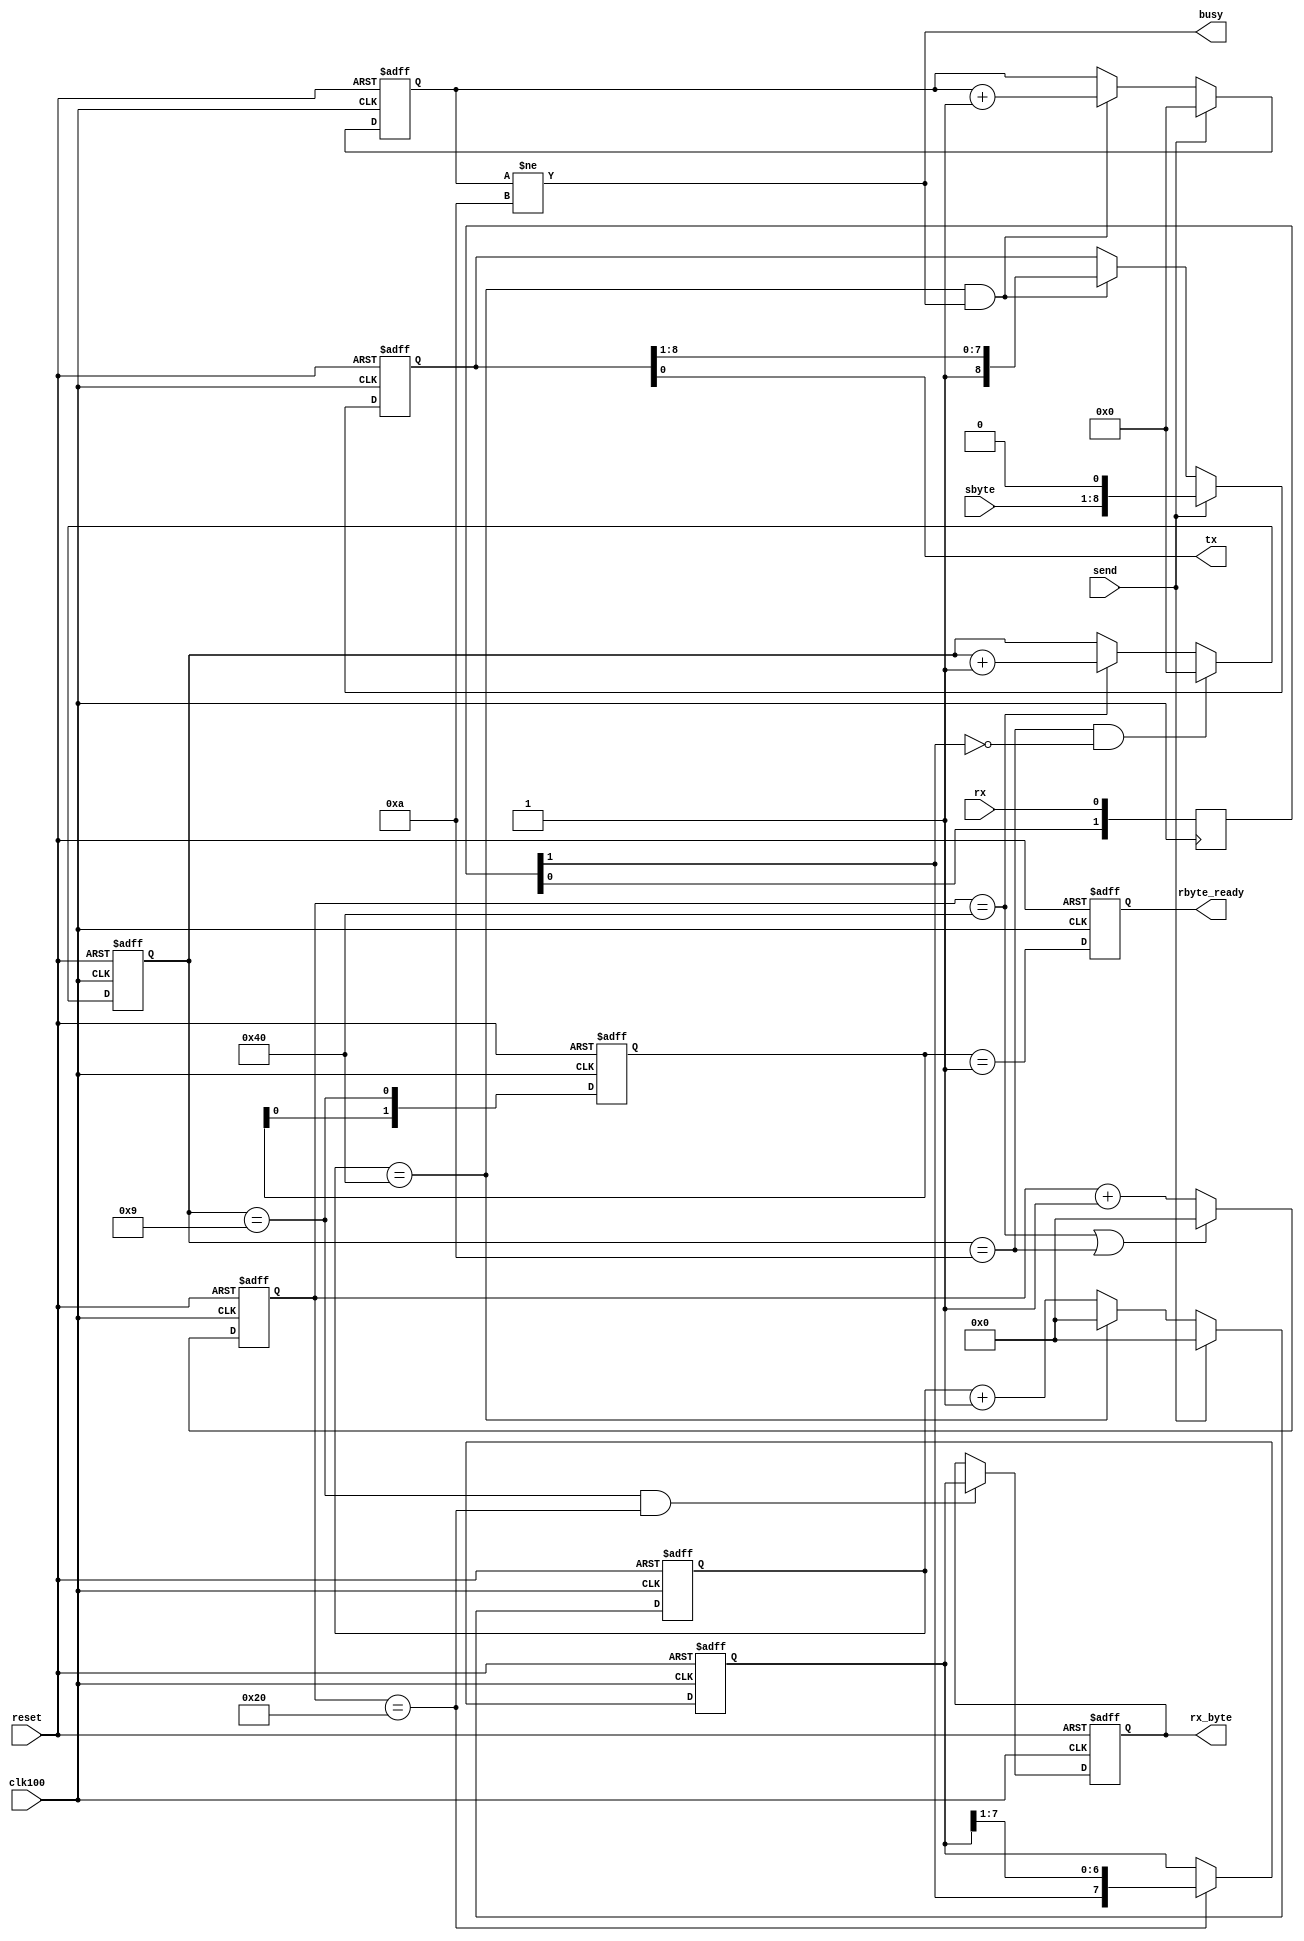
  
module serial(
	input wire reset,
	input wire clk100,	//100MHz
	input wire rx,
	output reg tx,
	input wire [7:0]sbyte,
	input wire send,
	output reg busy,
	output reg [7:0]rx_byte,
	output reg rbyte_ready
	);

//parameter RCONST = 868; // 100000000Hz / 115200bps = 868
parameter RCONST = 64; // 100000000Hz / 115200bps = 868

reg [1:0]shr;
always @(posedge clk100)
	shr <= {shr[0],rx};
wire rxf; assign rxf = shr[1];

reg [15:0]cnt;
reg [3:0]num_bits;

always @(posedge clk100 or posedge reset)
begin
	if(reset)
		cnt <= 0;
	else
	begin
		if(cnt == RCONST || num_bits==10)
			cnt <= 0;
		else
			cnt <= cnt + 1'b1;
	end
end

reg [7:0]shift_reg;

always @(posedge clk100 or posedge reset)
begin
	if(reset)
	begin
		num_bits <= 0;
		shift_reg <= 0;
	end
	else
	begin
		if(num_bits==10 && rxf==1'b0)
			num_bits <= 0;
		else
		if(cnt == RCONST)
			num_bits <= num_bits + 1'b1;
		
		if( cnt == RCONST/2 )
			shift_reg <= {rxf,shift_reg[7:1]};
	end
end

always @(posedge clk100 or posedge reset)
	if(reset)
	begin
		rx_byte <= 0;
	end
	else
	begin	
	if(num_bits==9 && cnt == RCONST/2)
		rx_byte <= shift_reg[7:0];
	end

reg [1:0]flag;
always @(posedge clk100 or posedge reset)
	if(reset)
		flag <= 2'b00;
	else
		flag <= {flag[0],(num_bits==9)};

always @(posedge clk100 or posedge reset)
	if( reset )
		rbyte_ready <= 1'b0;
	else
		rbyte_ready <= (flag==2'b01);
	  
reg [8:0]send_reg;
reg [3:0]send_num;
reg [15:0]send_cnt;

wire send_time; assign send_time = send_cnt == RCONST;

always @(posedge clk100 or posedge reset)
begin
	if(reset)
	begin
		send_reg <= 9'h1FF;
		send_num <= 10;
		send_cnt <= 0;
	end
	else
	begin
		if(send)
			send_cnt <= 0;
		else
			if(send_time)
				send_cnt <= 0;
			else
				send_cnt <= send_cnt + 1'b1;
		
		if(send)
		begin
			send_reg <= {sbyte,1'b0};
			send_num <= 0;
		end
		else
		if(send_time && send_num!=10)
		begin
			send_reg <= {1'b1,send_reg[8:1]};
			send_num <= send_num + 1'b1;
		end
	end
end

always @*
begin
	busy = send_num!=10;
	tx = send_reg[0];
end
	
endmodule